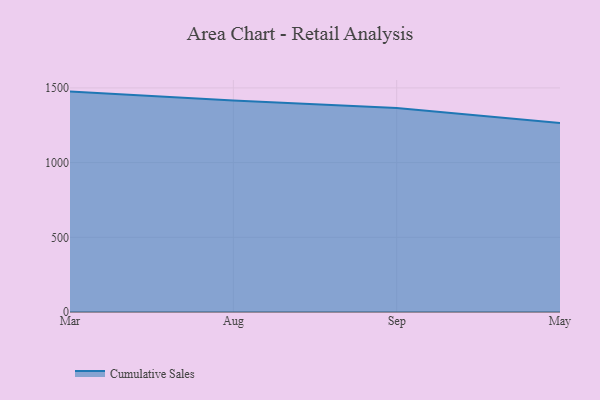
{"axis": {"x": "Month", "y": "Net Income (USD K)"}, "legend": ["Cumulative Sales"], "data": [{"x": "Mar", "y": 1475.3, "type": "Cumulative Sales"}, {"x": "Aug", "y": 1414.9, "type": "Cumulative Sales"}, {"x": "Sep", "y": 1365.6, "type": "Cumulative Sales"}, {"x": "May", "y": 1264.8, "type": "Cumulative Sales"}]}